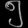
Digit: ၅